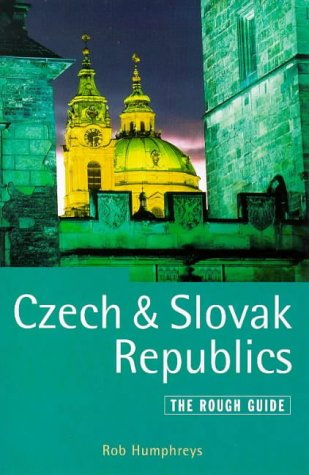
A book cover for Czech and Slovak Republics: A Rough Guide, Fourth Edition (4th Edition); Rob Humphreys; Travel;